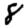
Digit: 8